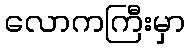
လောကကြီးမှာ